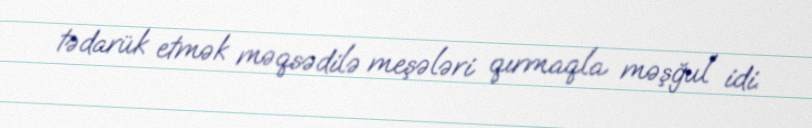
tədarük etmək məqsədilə meşələri qırmaqla məşğul idi.